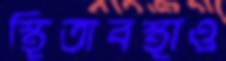
স্থিতাবস্থাও